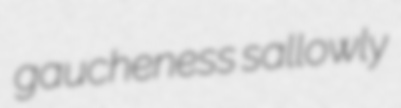
gaucheness sallowly